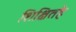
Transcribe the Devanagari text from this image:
शिक्षितहै